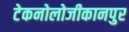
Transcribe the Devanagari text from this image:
टेकनोलोजीकानपुर